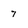
Character: 7